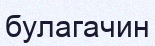
булагачин